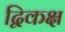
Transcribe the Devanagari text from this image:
द्विकक्ष